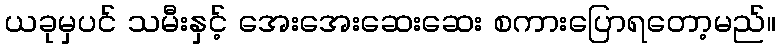
ယခုမှပင် သမီးနှင့် အေးအေးဆေးဆေး စကားပြောရတော့မည်။